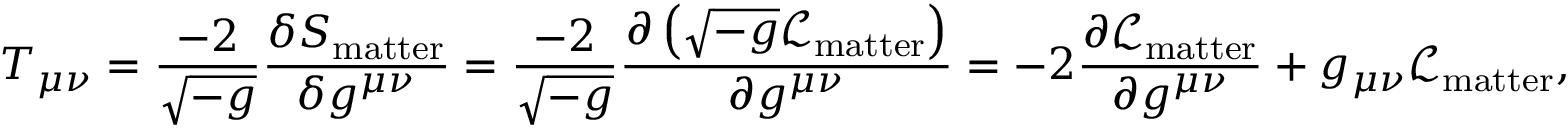
T _ { \mu \nu } = { \frac { - 2 } { \sqrt { - g } } } { \frac { \delta S _ { \mathrm { m a t t e r } } } { \delta g ^ { \mu \nu } } } = { \frac { - 2 } { \sqrt { - g } } } { \frac { \partial \left( { \sqrt { - g } } { \mathcal { L } } _ { \mathrm { m a t t e r } } \right) } { \partial g ^ { \mu \nu } } } = - 2 { \frac { \partial { \mathcal { L } } _ { \mathrm { m a t t e r } } } { \partial g ^ { \mu \nu } } } + g _ { \mu \nu } { \mathcal { L } } _ { \mathrm { m a t t e r } } ,